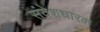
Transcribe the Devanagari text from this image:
संदेशधारक